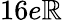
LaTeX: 16e\mathbb{R}